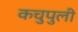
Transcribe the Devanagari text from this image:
कचुपुली